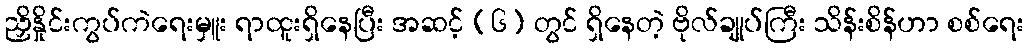
ညှိနှိုင်းကွပ်ကဲရေးမှူး ရာထူးရှိနေပြီး အဆင့် (၆) တွင် ရှိနေတဲ့ ဗိုလ်ချုပ်ကြီး သိန်းစိန်ဟာ စစ်ရေး